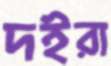
দইরা